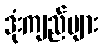
ဒုံးကျည်များ